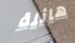
هائلة